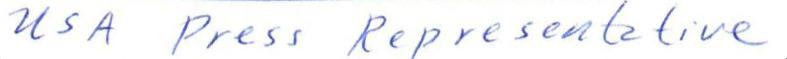
USA Press Representative